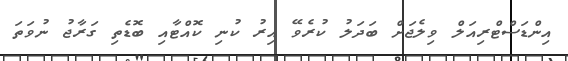
އިންޑަސްޓްރިއަލް ވިލެޖަށް ބަދަލު ކުރެވޭ އިރު ކުނި ކޮއްޓާއި ބޮޑެތި ގަރާޖު ނުވަތަ